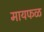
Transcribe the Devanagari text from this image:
मायफळ